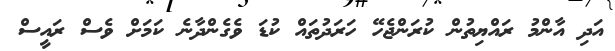
އަދި އާންމު ރައްޔިތުން ކުރަންޖެހޭ ހަރަދުތައް ކުޑަ ވެގެންދާނެ ކަމަށް ވެސް ރައީސް